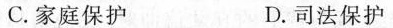
C.家庭保护 D.司法保护